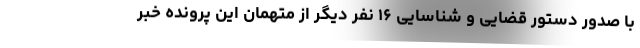
با صدور دستور قضایی و شناسایی ۱۶ نفر دیگر از متهمان این پرونده خبر